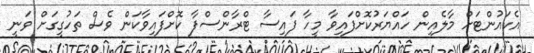
އެކައުންޓަށް މާލެއިން ހައްޔަރުކޮށްފައިވާ މީހާ ފައިސާ ޓްރާންސްފާ ކޮށްފައިވާކަން ވެސް ތަހުގީގަށް ވަނީ